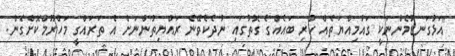
"އަޅުގަނޑުމެންނަކީ ގައުމިއްޔަތެއް ހުރި ބައެއްގެ ގޮތުގައި ނުދެކެވޭނެ ރައްޔިތުންނަށް އެ ތަރައްގީ މަހްރޫމްކޮށްގެން.